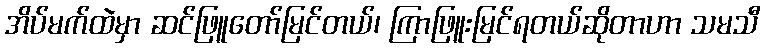
အိပ်မက်ထဲမှာ ဆင်ဖြူတော်မြင်တယ်၊ ကြာဖြူးမြင်ရတယ်ဆိုတာဟာ သမသီ